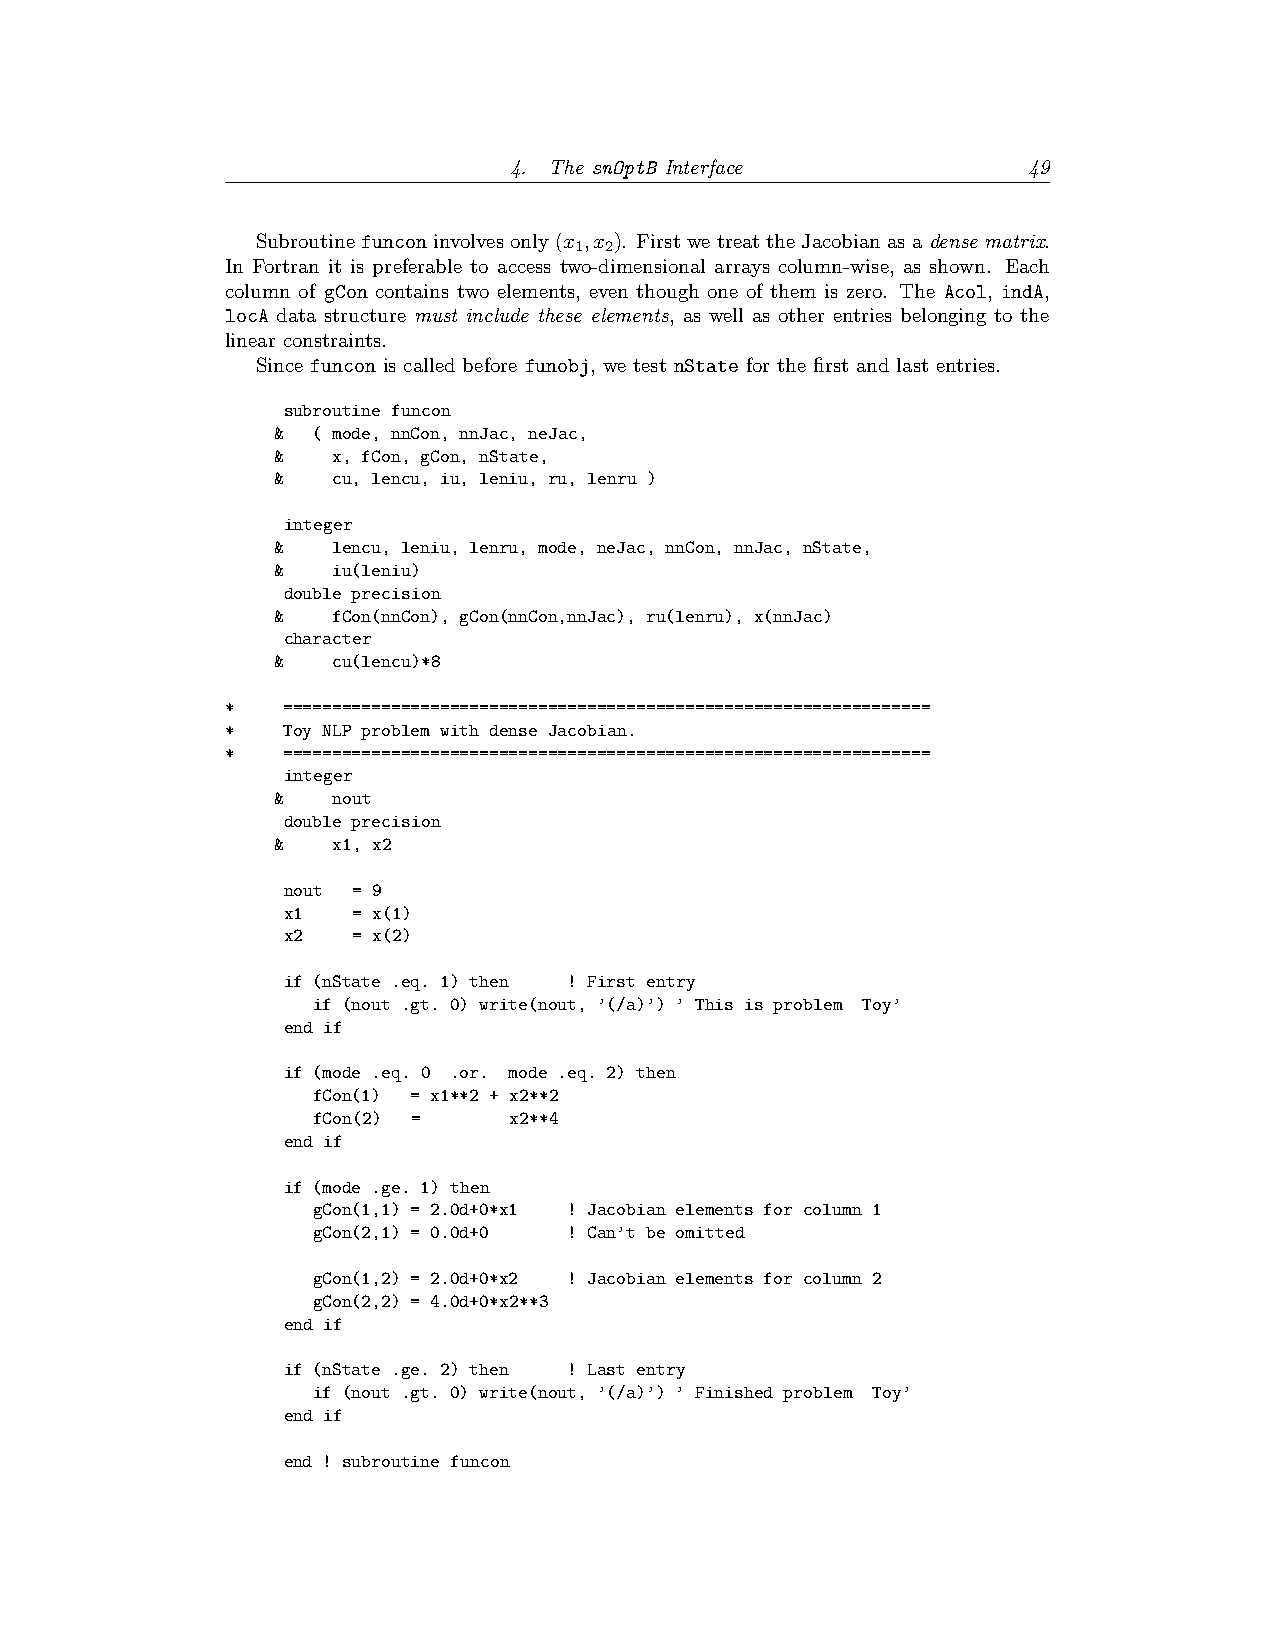
4. The snOptB Interface           49
 Subroutinefunconinvolvesonly(x ,x ). FirstwetreattheJacobianasadense matrix.
 1 2
 In Fortran it is preferable to access two-dimensional arrays column-wise, as shown. Each
 column of gCon contains two elements, even though one of them is zero. The Acol, indA,
 locA data structure must include these elements, as well as other entries belonging to the
 linear constraints.
 Since funcon is called before funobj, we test nState for the first and last entries.
 subroutine funcon
 &  ( mode, nnCon, nnJac, neJac,
 &   x, fCon, gCon, nState,
 &   cu, lencu, iu, leniu, ru, lenru )
 integer
 &   lencu, leniu, lenru, mode, neJac, nnCon, nnJac, nState,
 &   iu(leniu)
 double precision
 &   fCon(nnCon), gCon(nnCon,nnJac), ru(lenru), x(nnJac)
 character
 &   cu(lencu)*8
 *   ==================================================================
 *   Toy NLP problem with dense Jacobian.
 *   ==================================================================
 integer
 &   nout
 double precision
 &   x1, x2
 nout = 9
 x1  = x(1)
 x2  = x(2)
 if (nState .eq. 1) then ! First entry
 if (nout .gt. 0) write(nout, ’(/a)’) ’ This is problem Toy’
 end if
 if (mode .eq. 0 .or. mode .eq. 2) then
 fCon(1) = x1**2 + x2**2
 fCon(2) =    x2**4
 end if
 if (mode .ge. 1) then
 gCon(1,1) = 2.0d+0*x1 ! Jacobian elements for column 1
 gCon(2,1) = 0.0d+0 ! Can’t be omitted
 gCon(1,2) = 2.0d+0*x2 ! Jacobian elements for column 2
 gCon(2,2) = 4.0d+0*x2**3
 end if
 if (nState .ge. 2) then ! Last entry
 if (nout .gt. 0) write(nout, ’(/a)’) ’ Finished problem Toy’
 end if
 end ! subroutine funcon